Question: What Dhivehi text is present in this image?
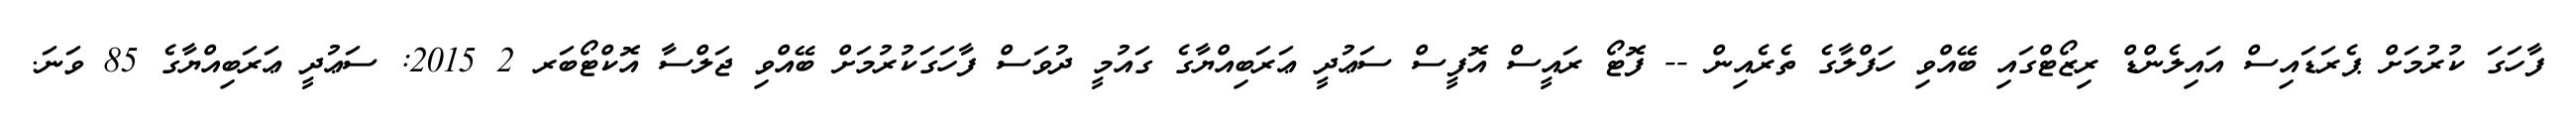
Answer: ފާހަގަ ކުރުމަށް ޕެރަޑައިސް އައިލެންޑް ރިޒޯޓްގައި ބޭއްވި ހަފްލާގެ ތެރެއިން -- ފޮޓޯ ރައީސް އޮފީސް ސަޢުދީ ޢަރަބިއްޔާގެ ގައުމީ ދުވަސް ފާހަގަކުރުމަށް ބޭއްވި ޖަލްސާ އޮކްޓޯބަރ 2 2015: ސަޢުދީ ޢަރަބިއްޔާގެ 85 ވަނަ.